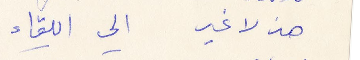
هذ لا غير الى اللقاء